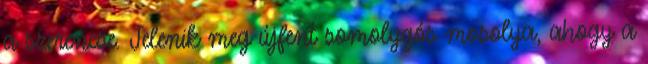
a szerencse. Jelenik meg újfent somolygós mosolya, ahogy a